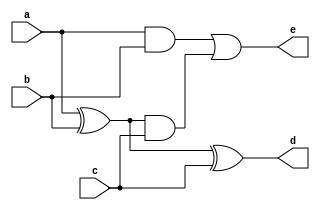
module fullAdder(a,b,c,d,e);
    input a,b,c;
    output d,e;
    wire reg1,reg2,reg3;
    assign reg1=a^b;
    assign reg2=a&b;
    assign reg3=reg1&c;
    assign d=reg1^c;
    assign e=reg2|reg3;
endmodule